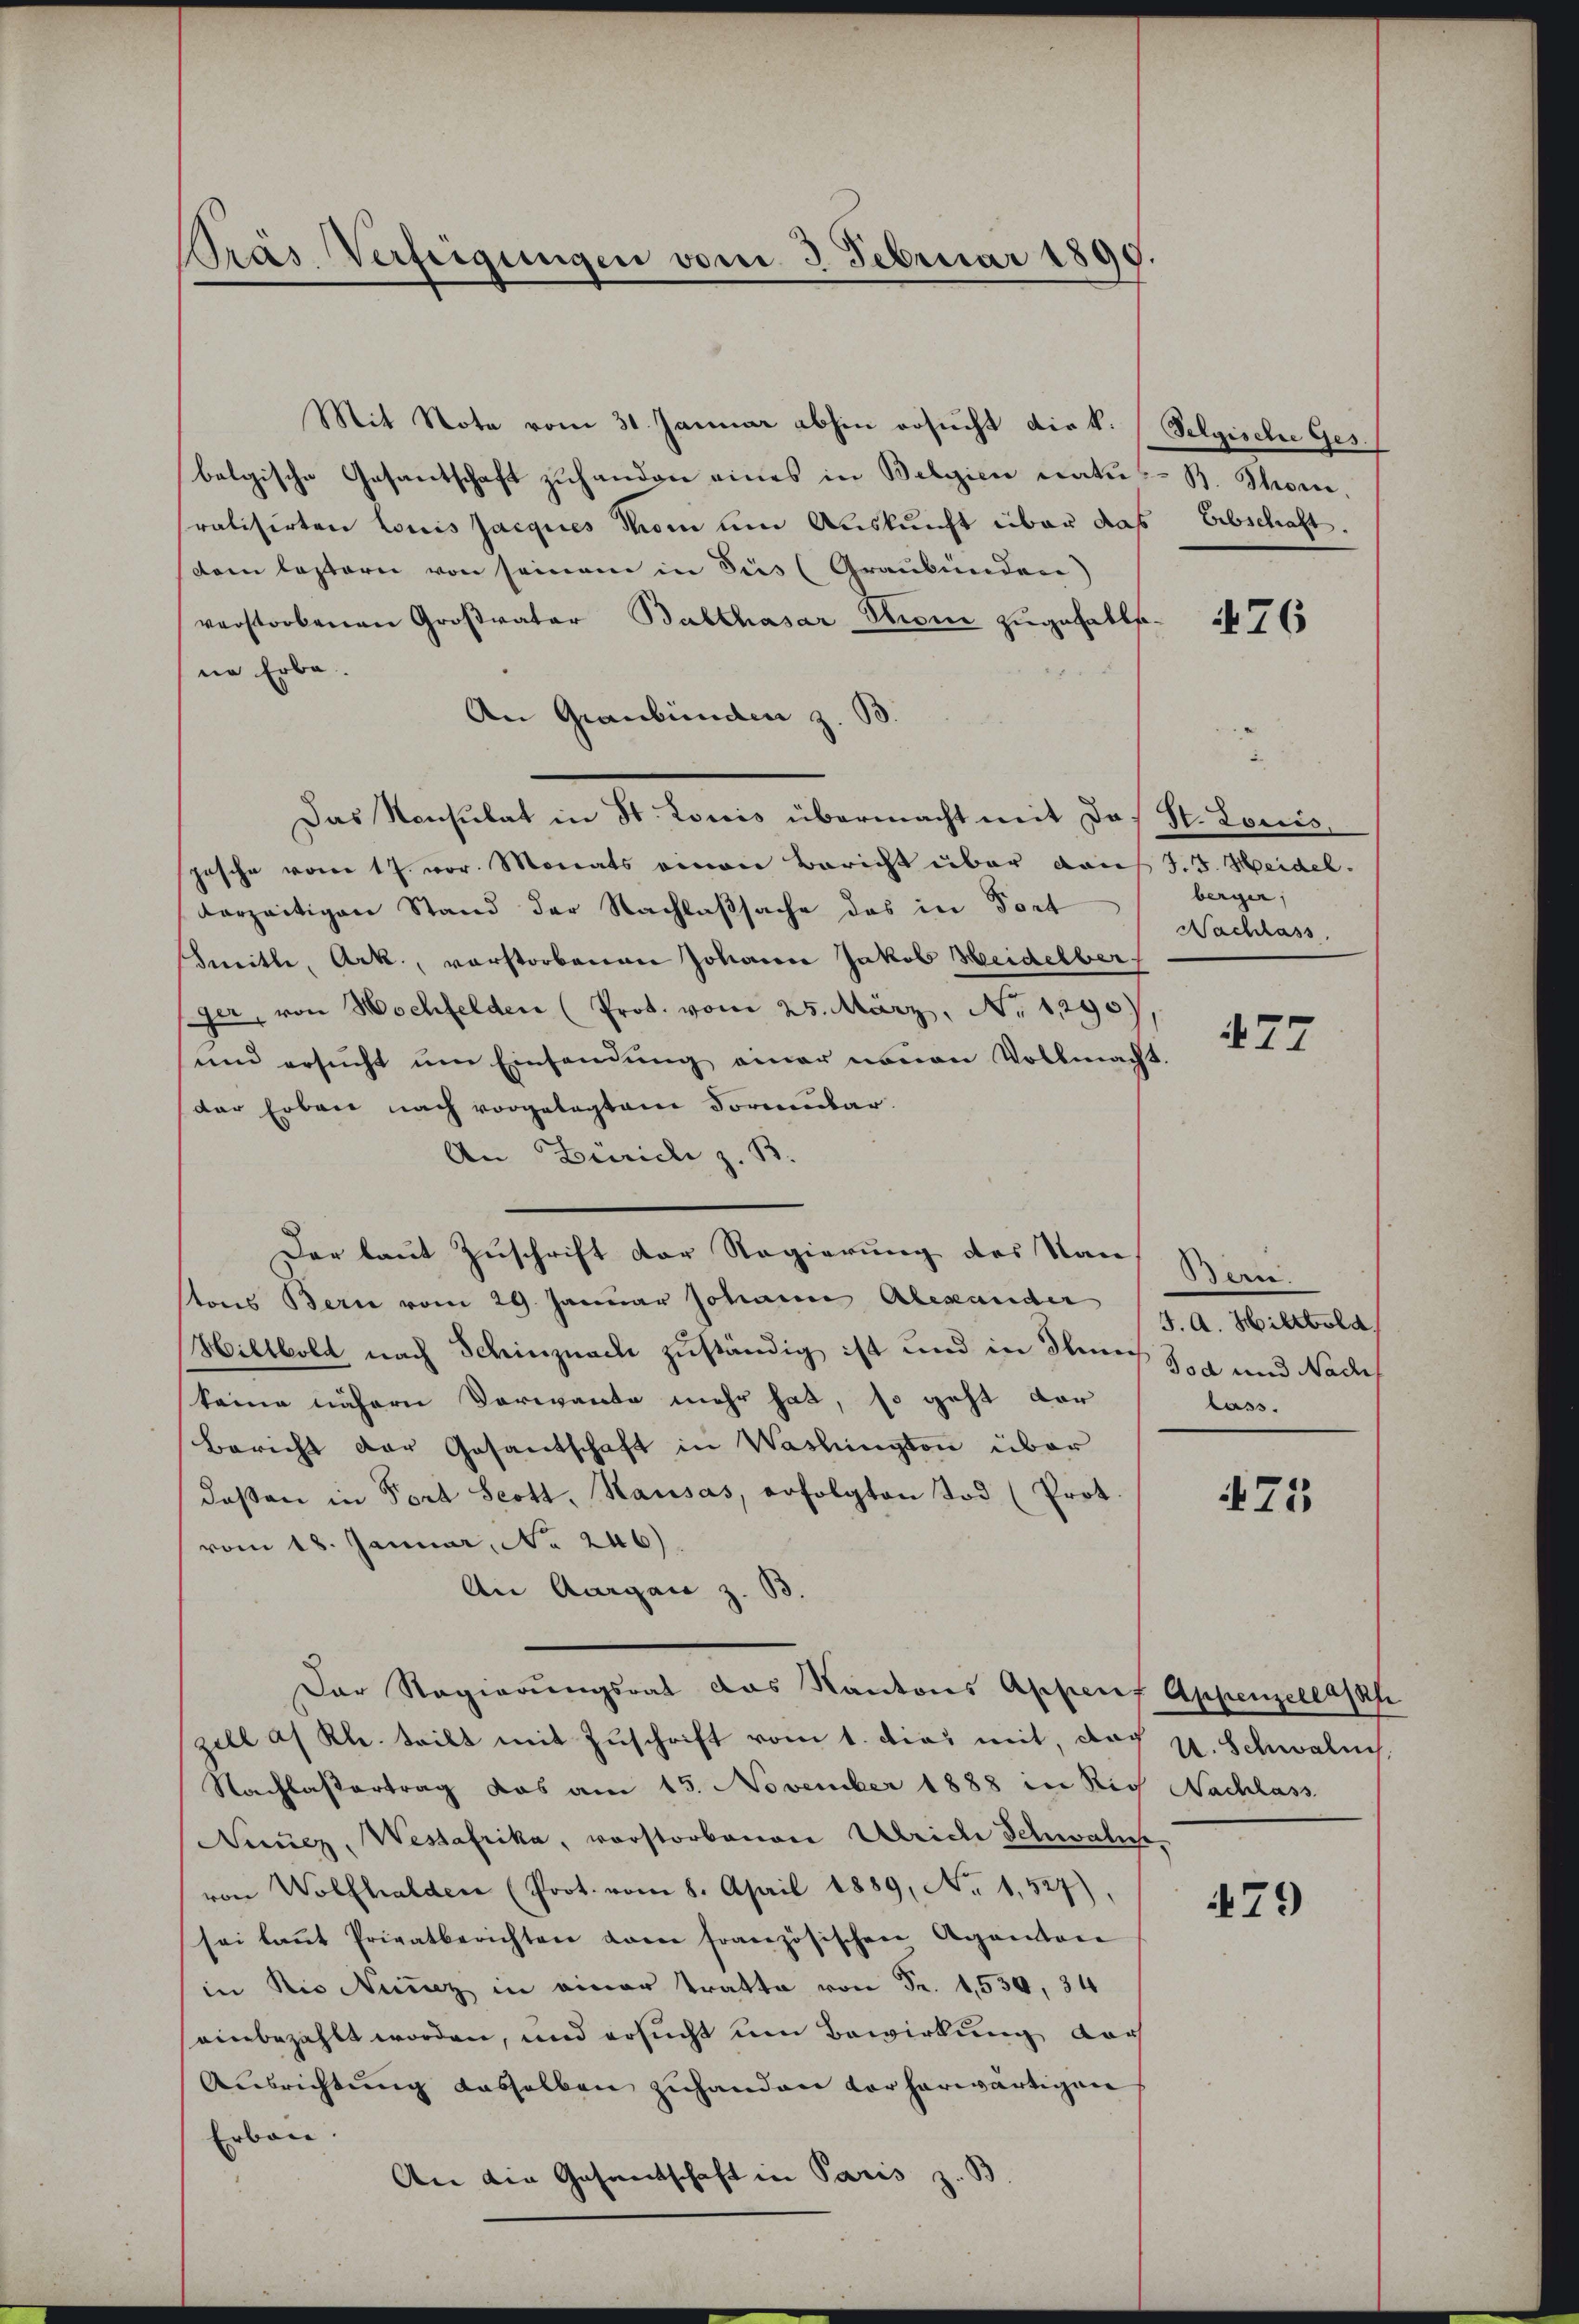
Prás Verfeigungen vom 3. Februar 1890.

Mit Note vom 31. Januar abhin ersucht die k. Selgische Ges.
belgische Gesantschaft zuhanden eines in Belgien natupralisirten Louis Jacques von um Auskunft über das Erbschaft.
(dem leztern von seinem in Füs (Graubünden)
verstorbenen Großvater Balthasar Throni zugefalls.
ne Erbe
An Graubünden z. B
Das Konsulat in St. Louis übermacht mit das St. Louis,
jesche vom 17. vor. Monats einen Bericht über das J. J. Heidel.
vorzeitigen Stand der Nachlaßsache des in Dort
Imitte, Ack., vorstorbenen Johann Jakob Heidelber
jer, von Hochfelden (Prot. vom 25. März, No 1290)
und ersucht um Einsendung einer neuen Vollmacht
der Erben nach vorgelegten Formular.
An Züricli z. B.
Der laut Zuschrift der Regierung des Nach Bern.
stons Bern vom 29. Januar Johann Alexander
Wiltbold nach Schinznach zuständig ist und in durch da und Nad
keine nähern Vorwandte mehr hat, so geht dar
Bericht der Gesantschaft in Washington über
deßen in Fort Scott, Kausas, erfolgten Tod (Prot.
vom 18. Januar, No 246)
An Aargau z. B.
Der Regierŭngsrat das Kantons Appenf Appenzele sah
zell af Kl. tritt mit Zuschrift vom 1. dies mit, doch u. Schwalui
Nachlassertrag das am 15. November 1888 in Rich Nachlass
Nemez, Westafrika, vorstorbenen Ulriche Schwalus,
von Wolfhalden (Prot. vom 8. April 1889, No. 1. 527),
sei laṅt Privatberichten von französischen Agantone
in die Neunz in einer Tratta von Fr. 1530, 34
seinbezahlt worden, und ersucht um Bewirkung doch
Ausrichtung dasselben zuhanden vorherwärtigen
Erbon
An die Gesantschaft in Paris z. S

B. Thore,

476

berger,
Nachlass

77

J. A. Hiltbold
lass.

71

479